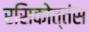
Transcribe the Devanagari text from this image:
रसिकोत्तंस